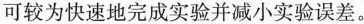
可较为快速地完成实验并减小实验误差。